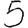
Digit: 5